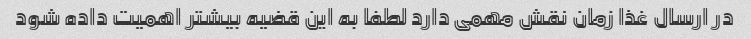
در ارسال غذا زمان نقش مهمی دارد لطفا به این قضیه بیشتر اهمیت داده شود